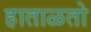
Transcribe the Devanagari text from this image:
हाताळतो